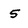
Character: 5